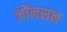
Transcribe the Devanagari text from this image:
जोंनसन